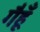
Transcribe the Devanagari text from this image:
गैहूँ